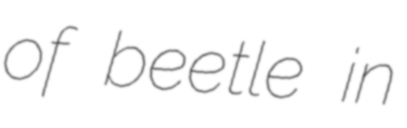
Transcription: of beetle in